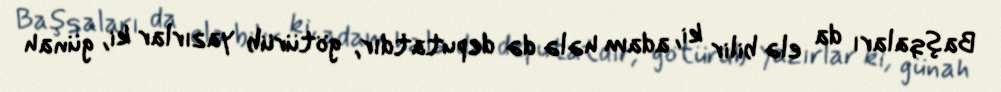
Başqaları da elə bilir ki, adam hələ də deputatdır, götürüb yazırlar ki, günah